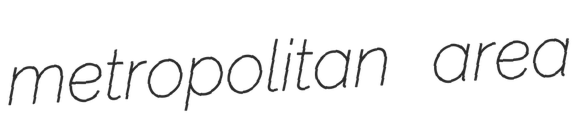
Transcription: metropolitan area